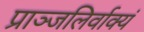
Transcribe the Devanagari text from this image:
प्राञ्जलिर्वाक्यं